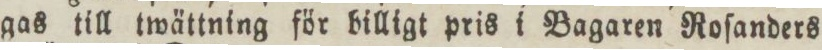
gas till twättning för billigt pris i Bagaren Roſanders